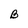
Character: B